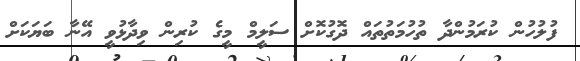
ފުލުހުން ކުރަމުންދާ ތުހުމަތުތައް ދޮގުކޮށް ސަލީމް މީގެ ކުރިން ވިދާޅުވީ އޭނާ ބަޔަކަށް